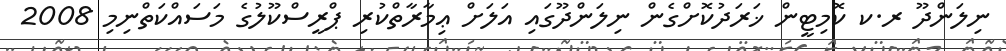
ނިލަންދޫ ރ.ކ ކޮމިޓީން ޚަރަދުކޮށްގެން ނިލަންދޫގައި އަލަށް ޢިމާރާތްކުރި ޕްރީސްކޫލުގެ މަސައްކަތްނިމި 2008